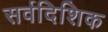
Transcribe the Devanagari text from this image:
सर्वदिशिक